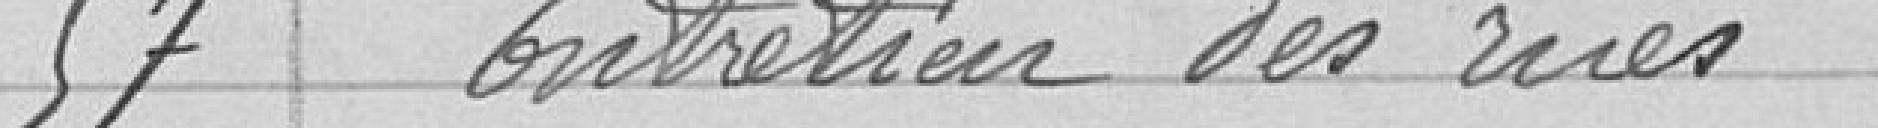
57 Entretien des rues